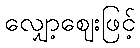
လျှော့ဈေးဖြင့်